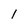
Character: l